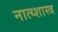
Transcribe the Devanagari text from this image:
नात्य्शास्त्र